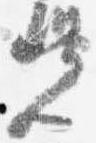
覚